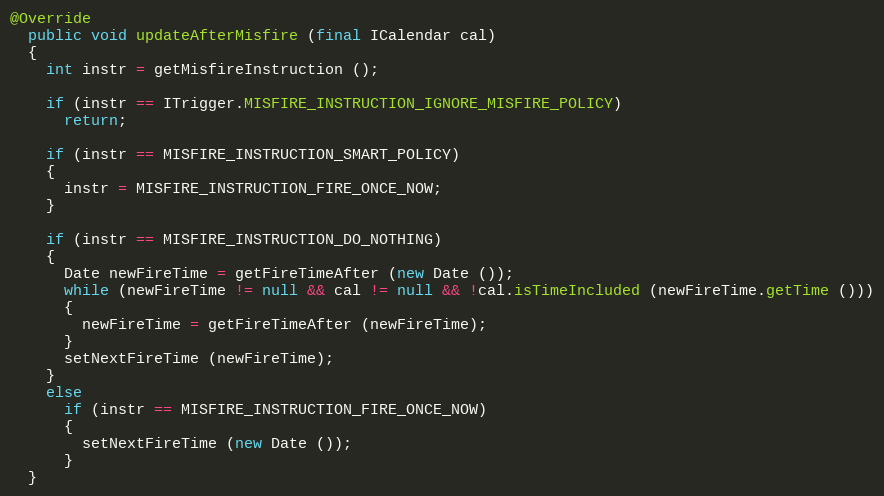
Language: Java
@Override
  public void updateAfterMisfire (final ICalendar cal)
  {
    int instr = getMisfireInstruction ();

    if (instr == ITrigger.MISFIRE_INSTRUCTION_IGNORE_MISFIRE_POLICY)
      return;

    if (instr == MISFIRE_INSTRUCTION_SMART_POLICY)
    {
      instr = MISFIRE_INSTRUCTION_FIRE_ONCE_NOW;
    }

    if (instr == MISFIRE_INSTRUCTION_DO_NOTHING)
    {
      Date newFireTime = getFireTimeAfter (new Date ());
      while (newFireTime != null && cal != null && !cal.isTimeIncluded (newFireTime.getTime ()))
      {
        newFireTime = getFireTimeAfter (newFireTime);
      }
      setNextFireTime (newFireTime);
    }
    else
      if (instr == MISFIRE_INSTRUCTION_FIRE_ONCE_NOW)
      {
        setNextFireTime (new Date ());
      }
  }